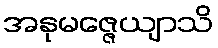
အနုမဇ္ဇေယျာသိ